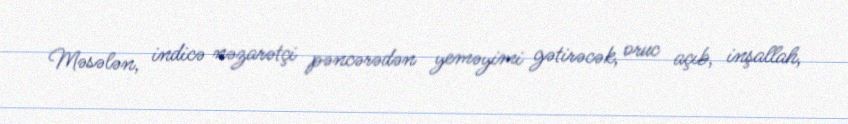
Məsələn, indicə nəzarətçi pəncərədən yeməyimi gətirəcək, oruc açıb, inşallah,